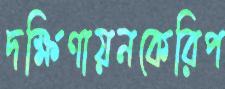
দক্ষিণায়নকেরিপ